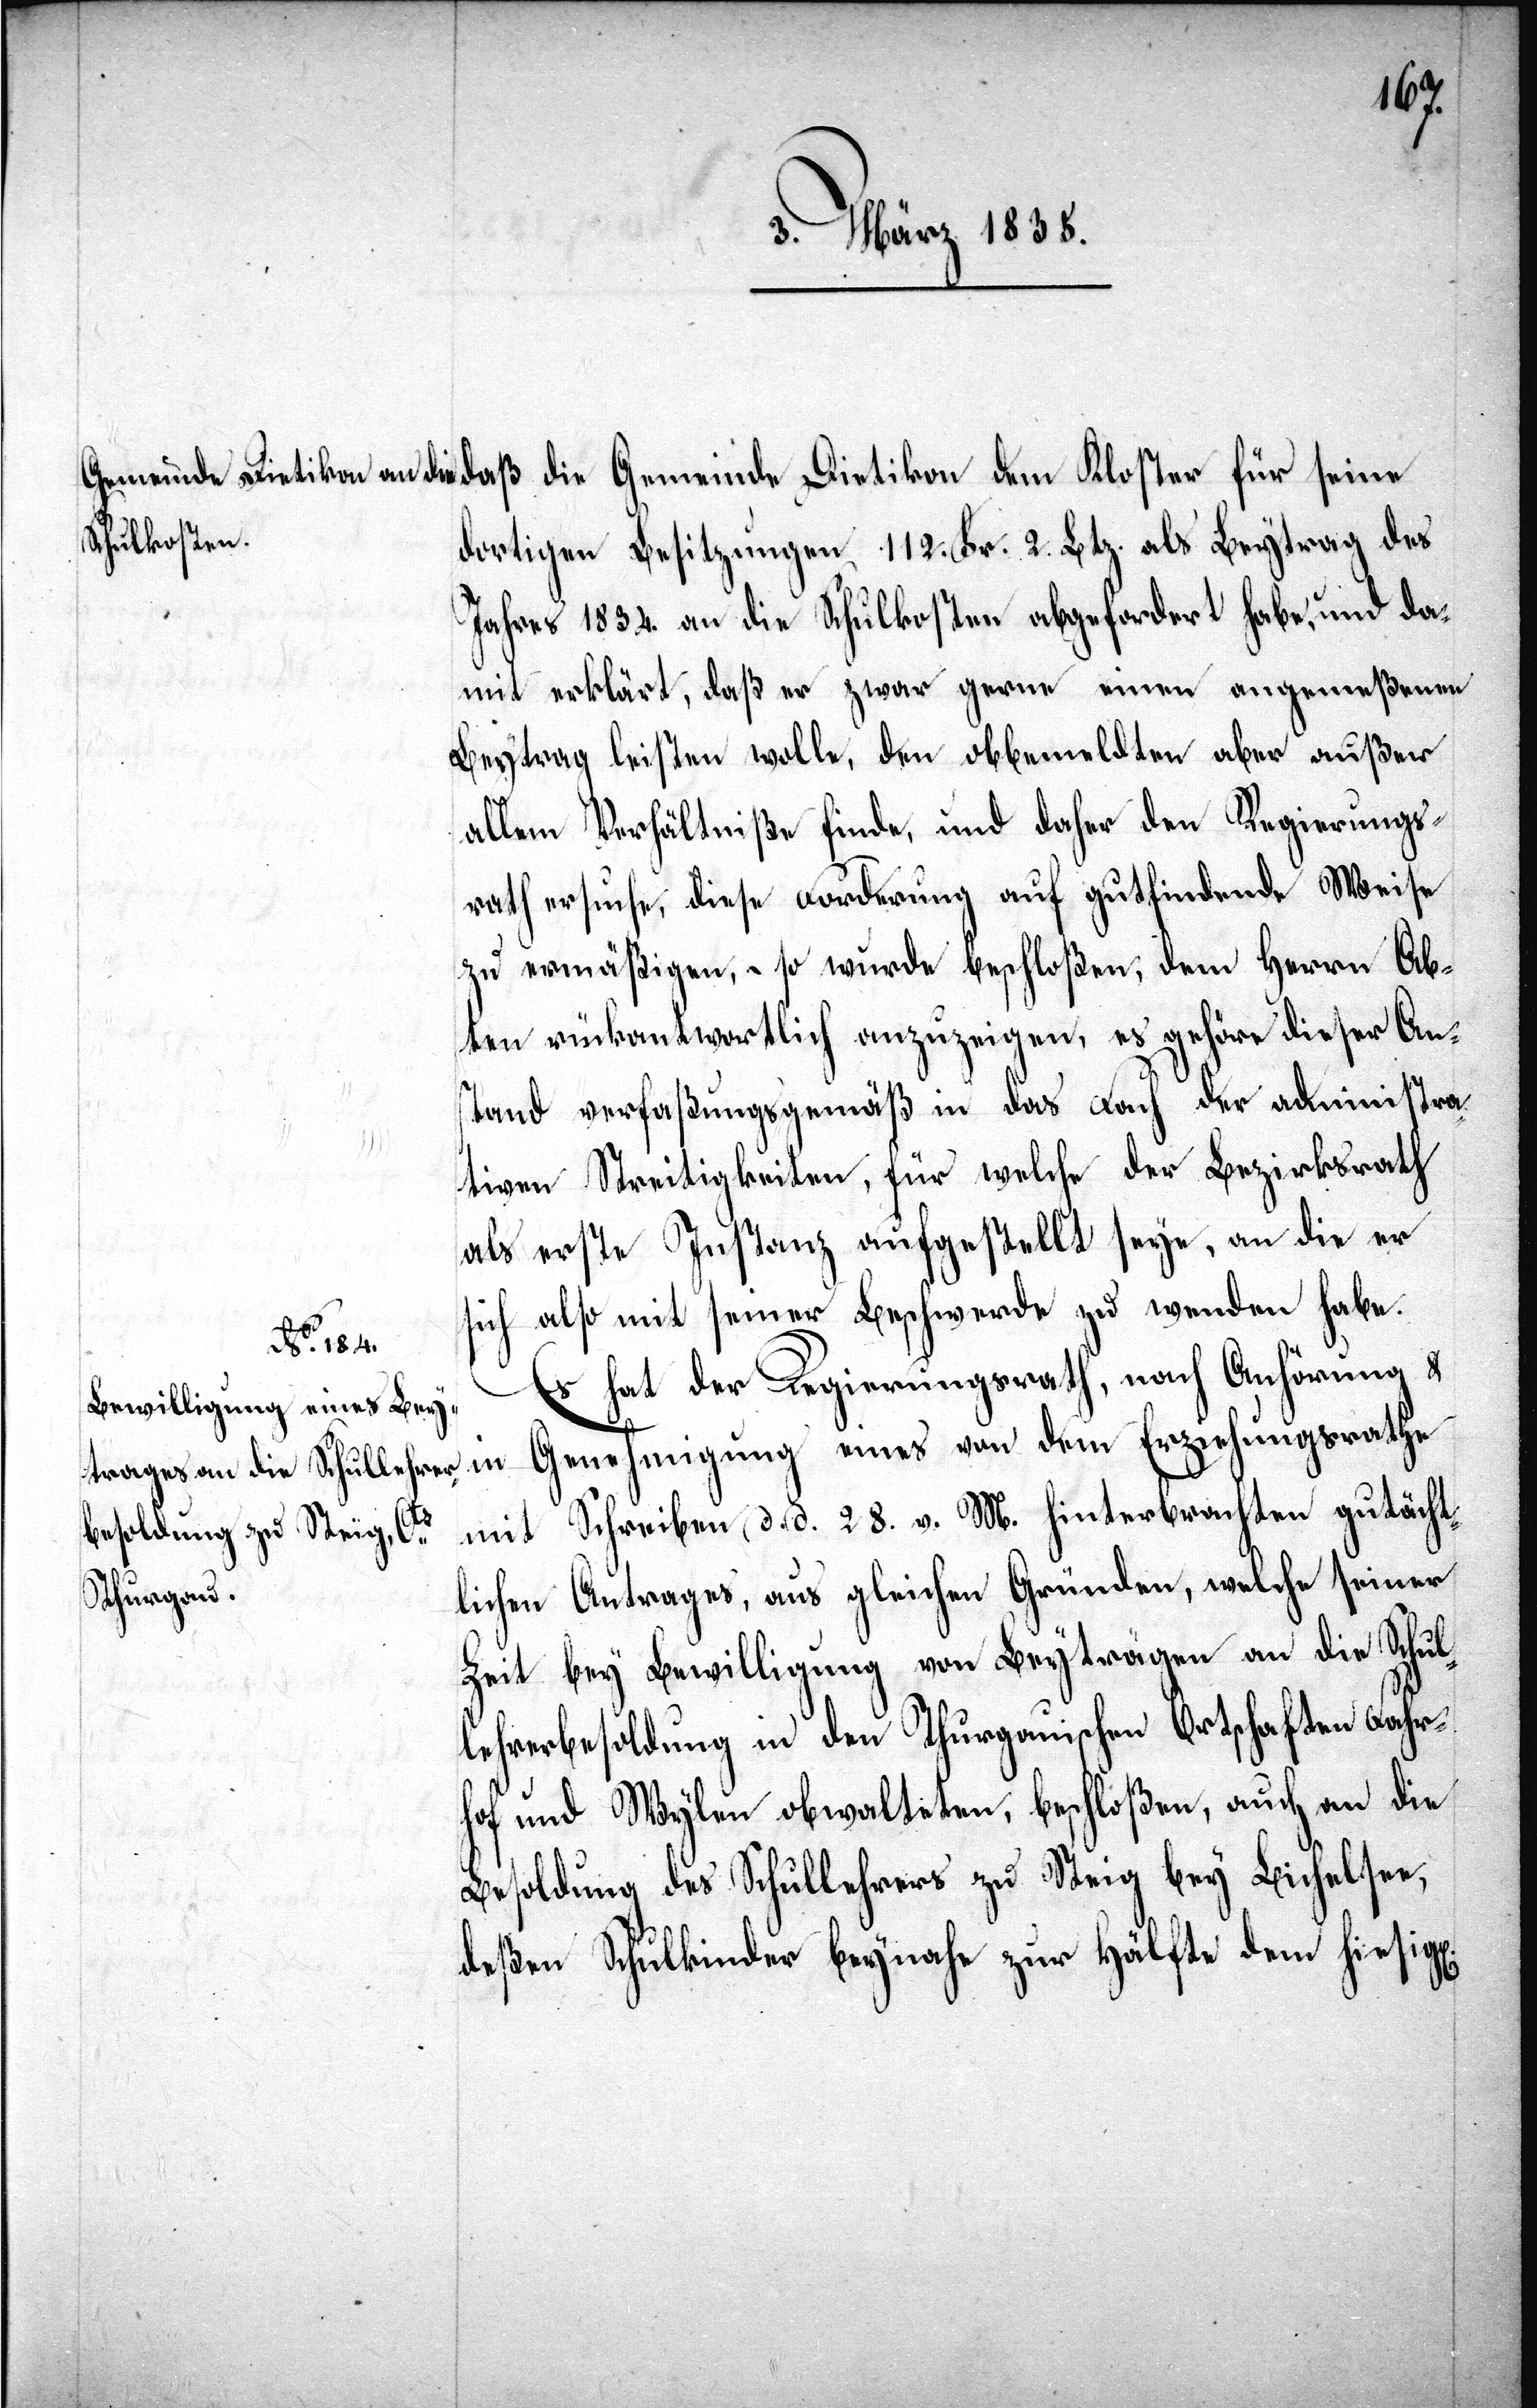
dortigen Besitzungen 112 Fr. 2. Btz. als Beytrag des
Jahres 1834. an die Schulkosten abgefordert habe, und da¬
mit erklärt, daß er zwar gerne einen angemeßenen
Beytrag leisten wolle, den obbemeldten aber außer
allem Verhältniße finde, und daher den Regierungs¬
rath ersuche, diese Forderung auf gutfindende Weise
zu ermäßigen, – so wurde beschloßen, dem Herrn Ab¬
ten rückantwortlich anzuzeigen, es gehöre dieser Ans¬
tand verfaßungsgemäß in das Fach der administra¬
tiven Streitigkeiten, für welche der Bezirksrath
als erste Instanz aufgestellt seye, an die er
sich also mit seiner Beschwerde zu wenden habe.
für seine
n].
Es hat der Regierungsrath, nach Anhörung
in Genehmigung eines von dem Erziehungsrathe
mit Schreiben d. d. 28. v. M. hinterbrachten gutächt¬
lichen Antrages, aus gleichen Gründen, welche seiner
Zeit bey Bewilligung von Beyträgen an die Schul¬
lehrerbesoldung in den Thurgauischen Ortschaften Fahr¬
hof und Wylen obwalteten, beschloßen, auch an die
Besoldung des Schullehrers zu Steig bey Bichelsen,
deßen Schulkinder beynahe zur Hälfte dem hiesig[e¬